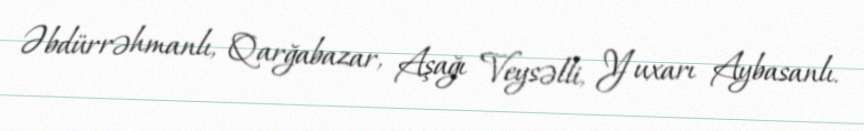
Əbdürrəhmanlı, Qarğabazar, Aşağı Veysəlli, Yuxarı Aybasanlı.